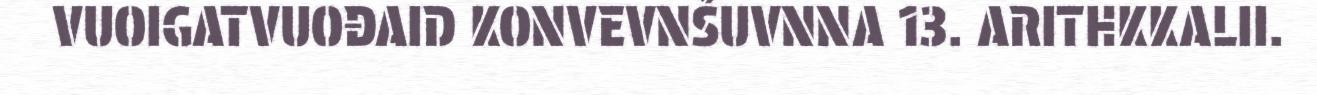
VUOIGATVUOĐAID KONVEVNŠUVNNA 13. ARITHKKALII.